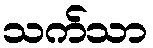
သက်သာ